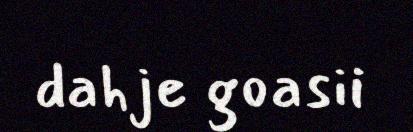
dahje goasii